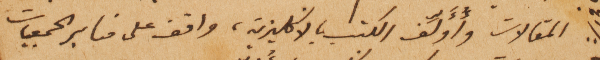
المقالات وأُؤَلِّف الكتب، بالانكليزية، واقف على منابر الجمعيات